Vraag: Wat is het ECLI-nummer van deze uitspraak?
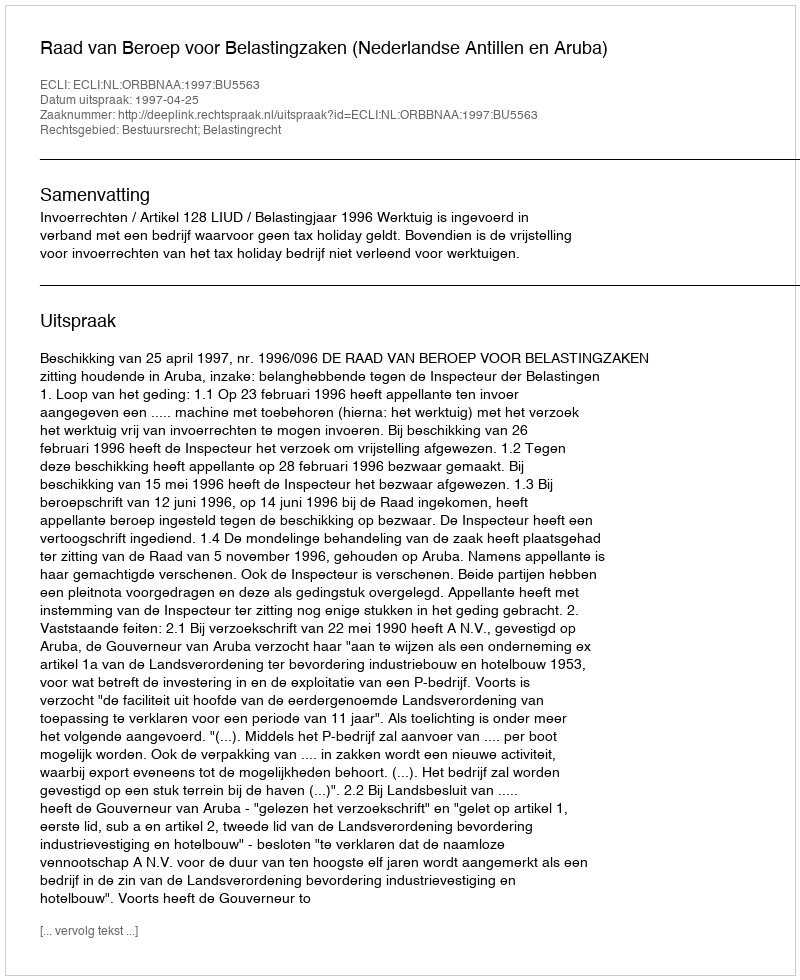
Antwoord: ECLI:NL:ORBBNAA:1997:BU5563